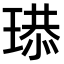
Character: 𤧴